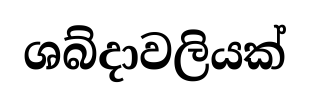
ශබ්දාවලියක්